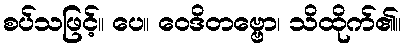
စပ်သဖြင့်။ ပေ။ ဝေဒိတဗ္ဗော၊ သိထိုက်၏။